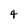
Character: 4